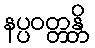
နပ္ပဝတ္တန္တိ